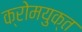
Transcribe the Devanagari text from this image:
क्रोमयुक्त